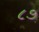
૮૭